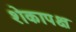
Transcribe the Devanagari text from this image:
शेकापक्ष